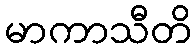
မာကာသီတိ